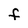
Character: F